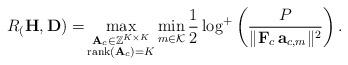
LaTeX: \begin{align*}R_(\mathbf{H},\mathbf{D}) = &\max\limits_{\substack{\mathbf{A}_c \in \mathbb{Z}^{K \times K} \\ \mathrm{rank}(\mathbf{A}_c) = K}} \min\limits_{m \in \mathcal{K}} \frac{1}{2} \log^+ \left( \frac{P}{\|\mathbf{F}_c\, \mathbf{a}_{c,m} \|^2}\right).\end{align*}